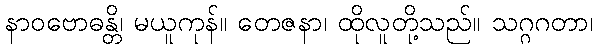
နာဝဗောဓန္တိ၊ မယူကုန်။ တေဇနာ၊ ထိုလူတို့သည်။ သဂ္ဂဂတာ၊